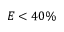
E < 4 0 \%